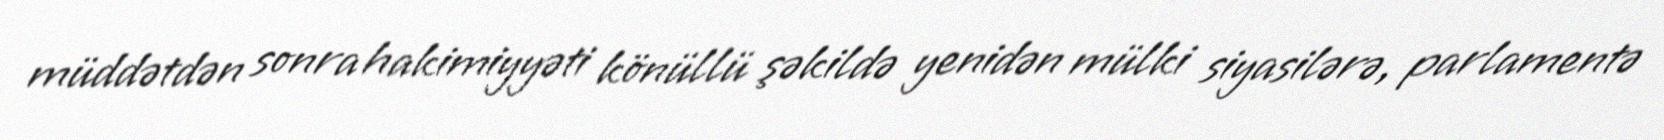
müddətdən sonra hakimiyyəti könüllü şəkildə yenidən mülki siyasilərə, parlamentə